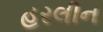
હરલીન